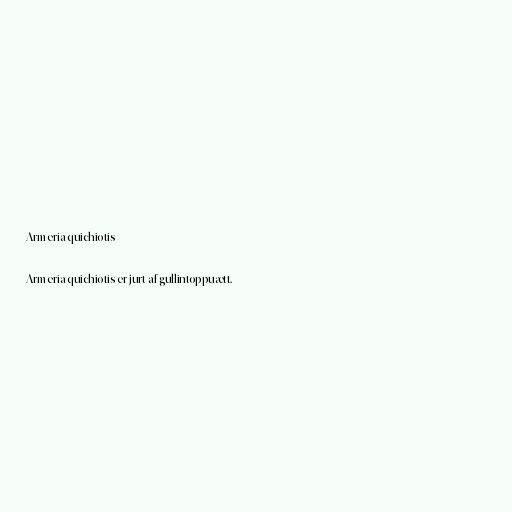
Armeria quichiotis

Armeria quichiotis er jurt af gullintoppuætt.